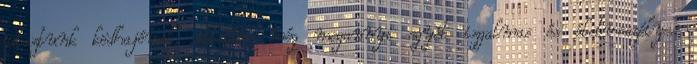
utaztunk ködhajóval, illetve még megannyi egyéb izgalmas és életveszélyes